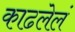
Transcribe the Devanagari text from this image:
काढलेलं